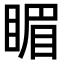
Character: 睸